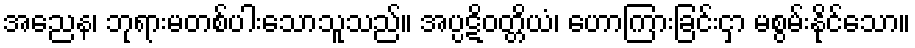
အညေန၊ ဘုရားမတစ်ပါးသောသူသည်။ အပ္ပဋိဝတ္တိယံ၊ ဟောကြားခြင်းငှာ မစွမ်းနိုင်သော။